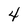
Character: 4